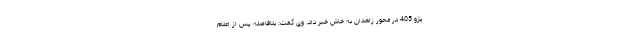
پژو 405 در محور زاهدان به خاش خبر داد. وی گفت: بلافاصله پس از اعلام